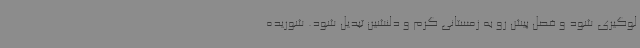
لوگیری شود و فصل پیش رو به زمستانی گرم و دلنشین تبدیل شود. شوریده